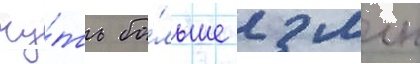
чу́ть бо́льше 2 млн